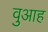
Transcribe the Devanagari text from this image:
वुआह